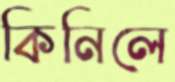
কিনিলে